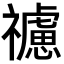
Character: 𥜜